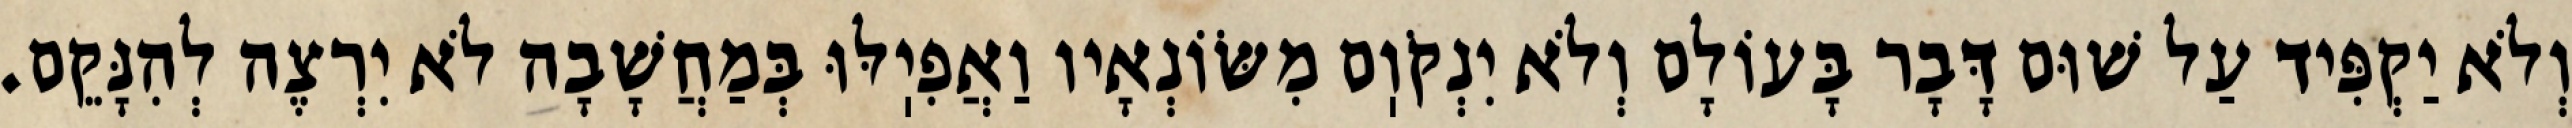
וְלֹא יַקְפִּיד עַל שׁוּם דָּבָר בָּעוֹלָם וְלֹא יִנְקֹוֽם מִשּׂוֹנְאָיו וַאֲפִיֽלּוּ בְּמַחֲשָׁבָה לֹא יִרְצֶה לְהִנָּקֵם.